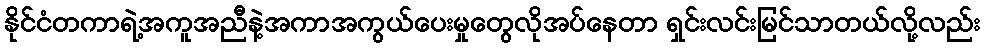
နိုင်ငံတကာရဲ့အကူအညီနဲ့အကာအကွယ်ပေးမှုတွေလိုအပ်နေတာ ရှင်းလင်းမြင်သာတယ်လို့လည်း